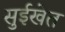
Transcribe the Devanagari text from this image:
सुईखेत